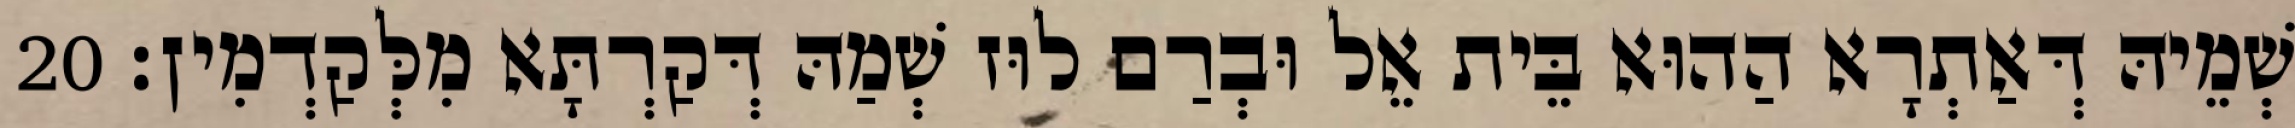
שְׁמֵיהּ דְּאַתְרָא הַהוּא בֵּית אֵל וּבְרַם לוּז שְׁמַהּ דְּקַרְתָּא מִלְּקַדְמִין׃ 20